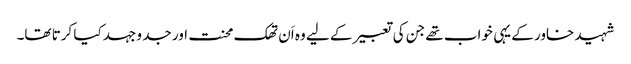
شہید خاور کے یہی خواب تھے جن کی تعبیر کے لیے وہ اَن تھک محنت اور جد و جہد کیا کرتا تھا۔